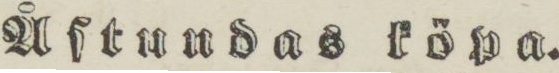
Åſtundas köpa.